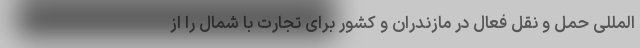
المللی حمل و نقل فعال در مازندران و کشور برای تجارت با شمال را از